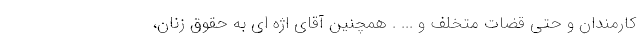
کارمندان و حتّی قضّاتِ متخلّف و ... . همچنین آقای اژه ای به حقوق زنان،